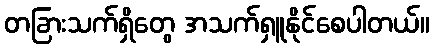
တခြားသက်ရှိတွေ အသက်ရှူနိုင်စေပါတယ်။